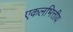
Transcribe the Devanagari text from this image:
एकलभित्तीय